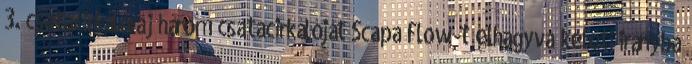
3. csatacirkálóraj három csatacirkálóját Scapa Flow-t elhagyva keleti irányba